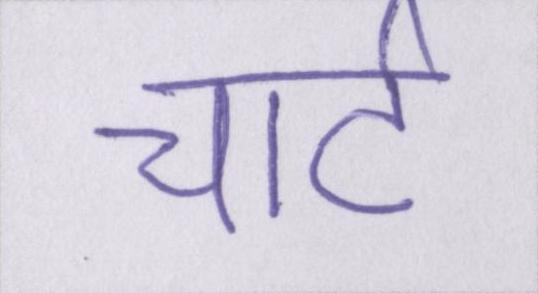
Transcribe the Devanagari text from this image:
चार्ट